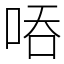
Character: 㖔